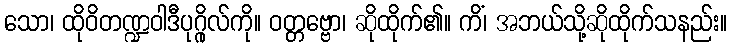
သော၊ ထိုဝိတဏ္ဍဝါဒီပုဂ္ဂိုလ်ကို။ ဝတ္တဗ္ဗော၊ ဆိုထိုက်၏။ ကိံ၊ အဘယ်သို့ဆိုထိုက်သနည်း။